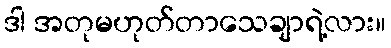
ဒါ အတုမဟုတ်တာသေချာရဲ့လား။